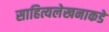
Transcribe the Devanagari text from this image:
साहित्यलेखनाकडे